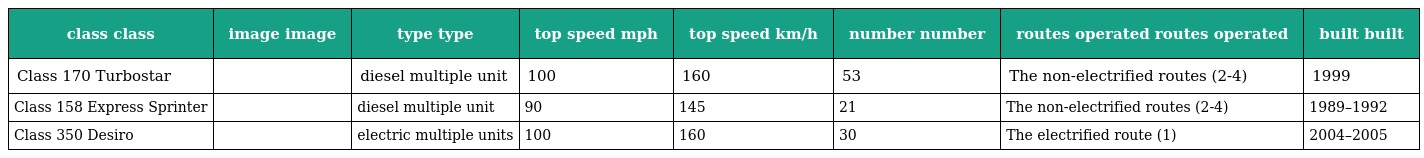
| class class | image image | type type | top speed mph | top speed km/h | number number | routes operated routes operated | built built |
 | --- | --- | --- | --- | --- | --- | --- | --- |
 | Class 170 Turbostar |  | diesel multiple unit | 100 | 160 | 53 | The non-electrified routes (2-4) | 1999 |
 | Class 158 Express Sprinter |  | diesel multiple unit | 90 | 145 | 21 | The non-electrified routes (2-4) | 1989–1992 |
 | Class 350 Desiro |  | electric multiple units | 100 | 160 | 30 | The electrified route (1) | 2004–2005 |